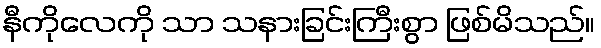
နီကိုလေကို သာ သနားခြင်းကြီးစွာ ဖြစ်မိသည်။